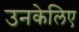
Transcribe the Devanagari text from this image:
उनकेलिए